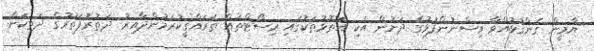
ޔާމީން ގެންގުޅުއްވާ ވިސްނުންފުޅުގެ ދަށުން އެކި އަތޮޅުތަކުގައި ރިސޯޓްތައް ތަރައްޤީކުރަމުންދާއިރު ދަތުރުފަތުރުގެ ދަތިކަން